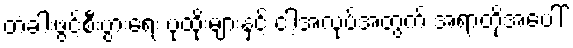
တံခါးဖွင့်စီးပွားရေး ပုထိုးများနှင့် ငါ့အလုပ်အတွက် အရာတို့အပေါ်